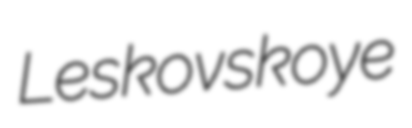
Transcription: Leskovskoye